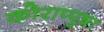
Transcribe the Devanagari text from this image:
कोराप्पुष़ा